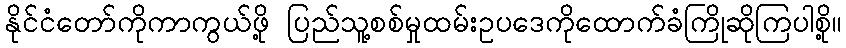
နိုင်ငံတော်ကိုကာကွယ်ဖို့ ပြည်သူ့စစ်မှုထမ်းဥပဒေကိုထောက်ခံကြိုဆိုကြပါစို့။